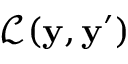
\mathcal { L } ( \mathbf { y } , \mathbf { y } ^ { \prime } )